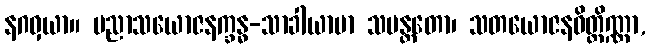
နဂဝှယာ။ ပညာသယောဇနက္ခန္ဓ-သာခါယာမာ သမန္တတော၊ သတယောဇနဝိတ္ထိဏ္ဏာ,